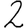
Digit: 2